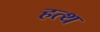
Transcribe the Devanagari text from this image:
हत्थ